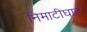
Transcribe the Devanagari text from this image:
निमाटीघाट